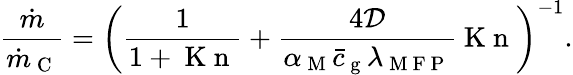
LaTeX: \frac{\dot{m}}{\dot{m}_{\mathrm{~C~}}}=\bigg(\frac{1}{1+\mathrm{~K~n~}}+\frac{4\mathcal{D}}{\alpha_{\mathrm{~M~}}\bar{c}_{\mathrm{~g~}}\lambda_{\mathrm{~M~F~P~}}}\mathrm{~K~n~}\bigg)^{-1}.